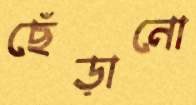
ছেঁড়ানো